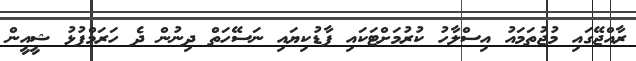
ރާއްޖޭގައި މުޖުތަމައު އިސްލާހު ކުރުމަށްޓަކައި ފާޑުކިޔައި ނަސޭހަތް ދިނުން ދެ ހަރަމްފުޅު ޝީއީން